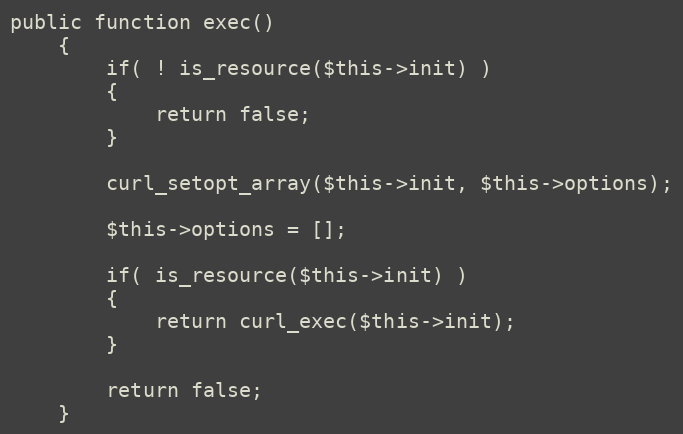
Language: PHP
public function exec()
    {
        if( ! is_resource($this->init) )
        {
            return false;
        }

        curl_setopt_array($this->init, $this->options);

        $this->options = [];

        if( is_resource($this->init) )
        {
            return curl_exec($this->init);
        }

        return false;
    }